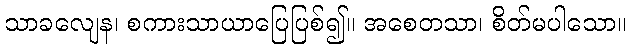
သာခလျေန၊ စကားသာယာပြေပြစ်၍။ အစေတသာ၊ စိတ်မပါသော။